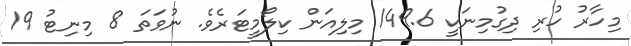
މިހާރު ހުރި ދިގުމިނަކީ 149.6 މިލިއަން ކިލޯމީޓަރެވެ. ނުވަތަ 8 މިނިޓު 19